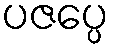
ပဇပ္ပေ